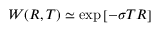
W ( R , T ) \simeq \exp \left[ - \sigma T R \right]